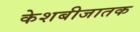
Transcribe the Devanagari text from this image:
केशबीजातक